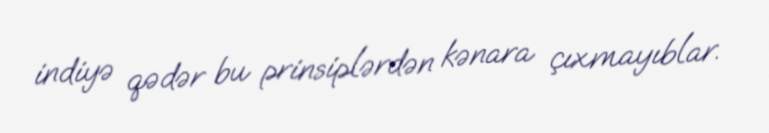
indiyə qədər bu prinsiplərdən kənara çıxmayıblar.